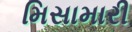
મિસામારી